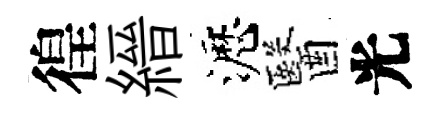
徨縉瀝醫光